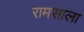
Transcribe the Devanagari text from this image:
रामसाला